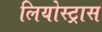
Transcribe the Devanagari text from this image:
लियोस्ट्रास